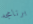
برنامجه